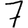
Digit: 7